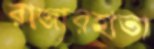
রাজারহাতা